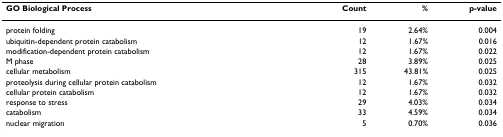
<table><thead><tr><td><b>GO Biological Process</b></td><td><b>Count</b></td><td><b>%</b></td><td><b>p-value</b></td></tr></thead><tbody><tr><td>protein folding</td><td>19</td><td>2.64%</td><td>0.004</td></tr><tr><td>ubiquitin-dependent protein catabolism</td><td>12</td><td>1.67%</td><td>0.016</td></tr><tr><td>modification-dependent protein catabolism</td><td>12</td><td>1.67%</td><td>0.022</td></tr><tr><td>M phase</td><td>28</td><td>3.89%</td><td>0.025</td></tr><tr><td>cellular metabolism</td><td>315</td><td>43.81%</td><td>0.025</td></tr><tr><td>proteolysis during cellular protein catabolism</td><td>12</td><td>1.67%</td><td>0.032</td></tr><tr><td>cellular protein catabolism</td><td>12</td><td>1.67%</td><td>0.032</td></tr><tr><td>response to stress</td><td>29</td><td>4.03%</td><td>0.034</td></tr><tr><td>catabolism</td><td>33</td><td>4.59%</td><td>0.034</td></tr><tr><td>nuclear migration</td><td>5</td><td>0.70%</td><td>0.036</td></tr></tbody></table>